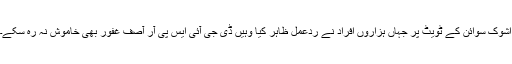
اشوک سوائن کے ٹویٹ پر جہاں ہزاروں افراد نے ردعمل ظاہر کیا وہیں ڈی جی آئی ایس پی آر آصف غفور بھی خاموش نہ رہ سکے۔